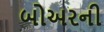
બોઅરની